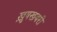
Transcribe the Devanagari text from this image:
ख़ुषखबरी